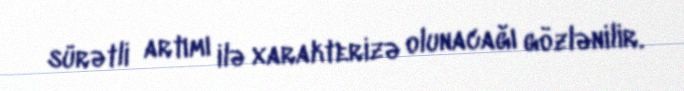
sürətli artımı ilə xarakterizə olunacağı gözlənilir.